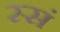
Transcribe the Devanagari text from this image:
स्सं